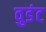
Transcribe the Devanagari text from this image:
वुडंट